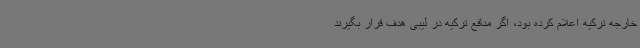
خارجه ترکیه اعلام کرده بود، اگر منافع ترکیه در لیبی هدف قرار بگیرند